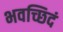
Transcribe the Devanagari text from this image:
भवच्छिदं